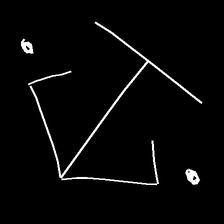
Glyph: earth